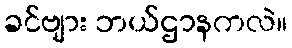
ခင်ဗျား ဘယ်ဌာနကလဲ။